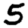
Digit: 5